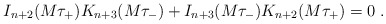
\begin{align*}I_{n+2}(M\tau_{+})K_{n+3}(M\tau_{-})+I_{n+3}(M\tau_{-})K_{n+2}(M\tau_{+})=0 \; .\end{align*}